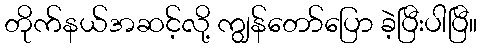
တိုက်နယ်အဆင့်လို့ ကျွန်တော်ပြော ခဲ့ပြီးပါပြီ။